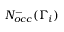
N _ { o c c } ^ { - } ( \Gamma _ { i } )